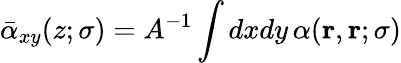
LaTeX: \bar{\alpha}_{xy}(z;\sigma)=A^{-1}\int dxdy\, \alpha(\mathbf{r},\mathbf{r};\sigma)